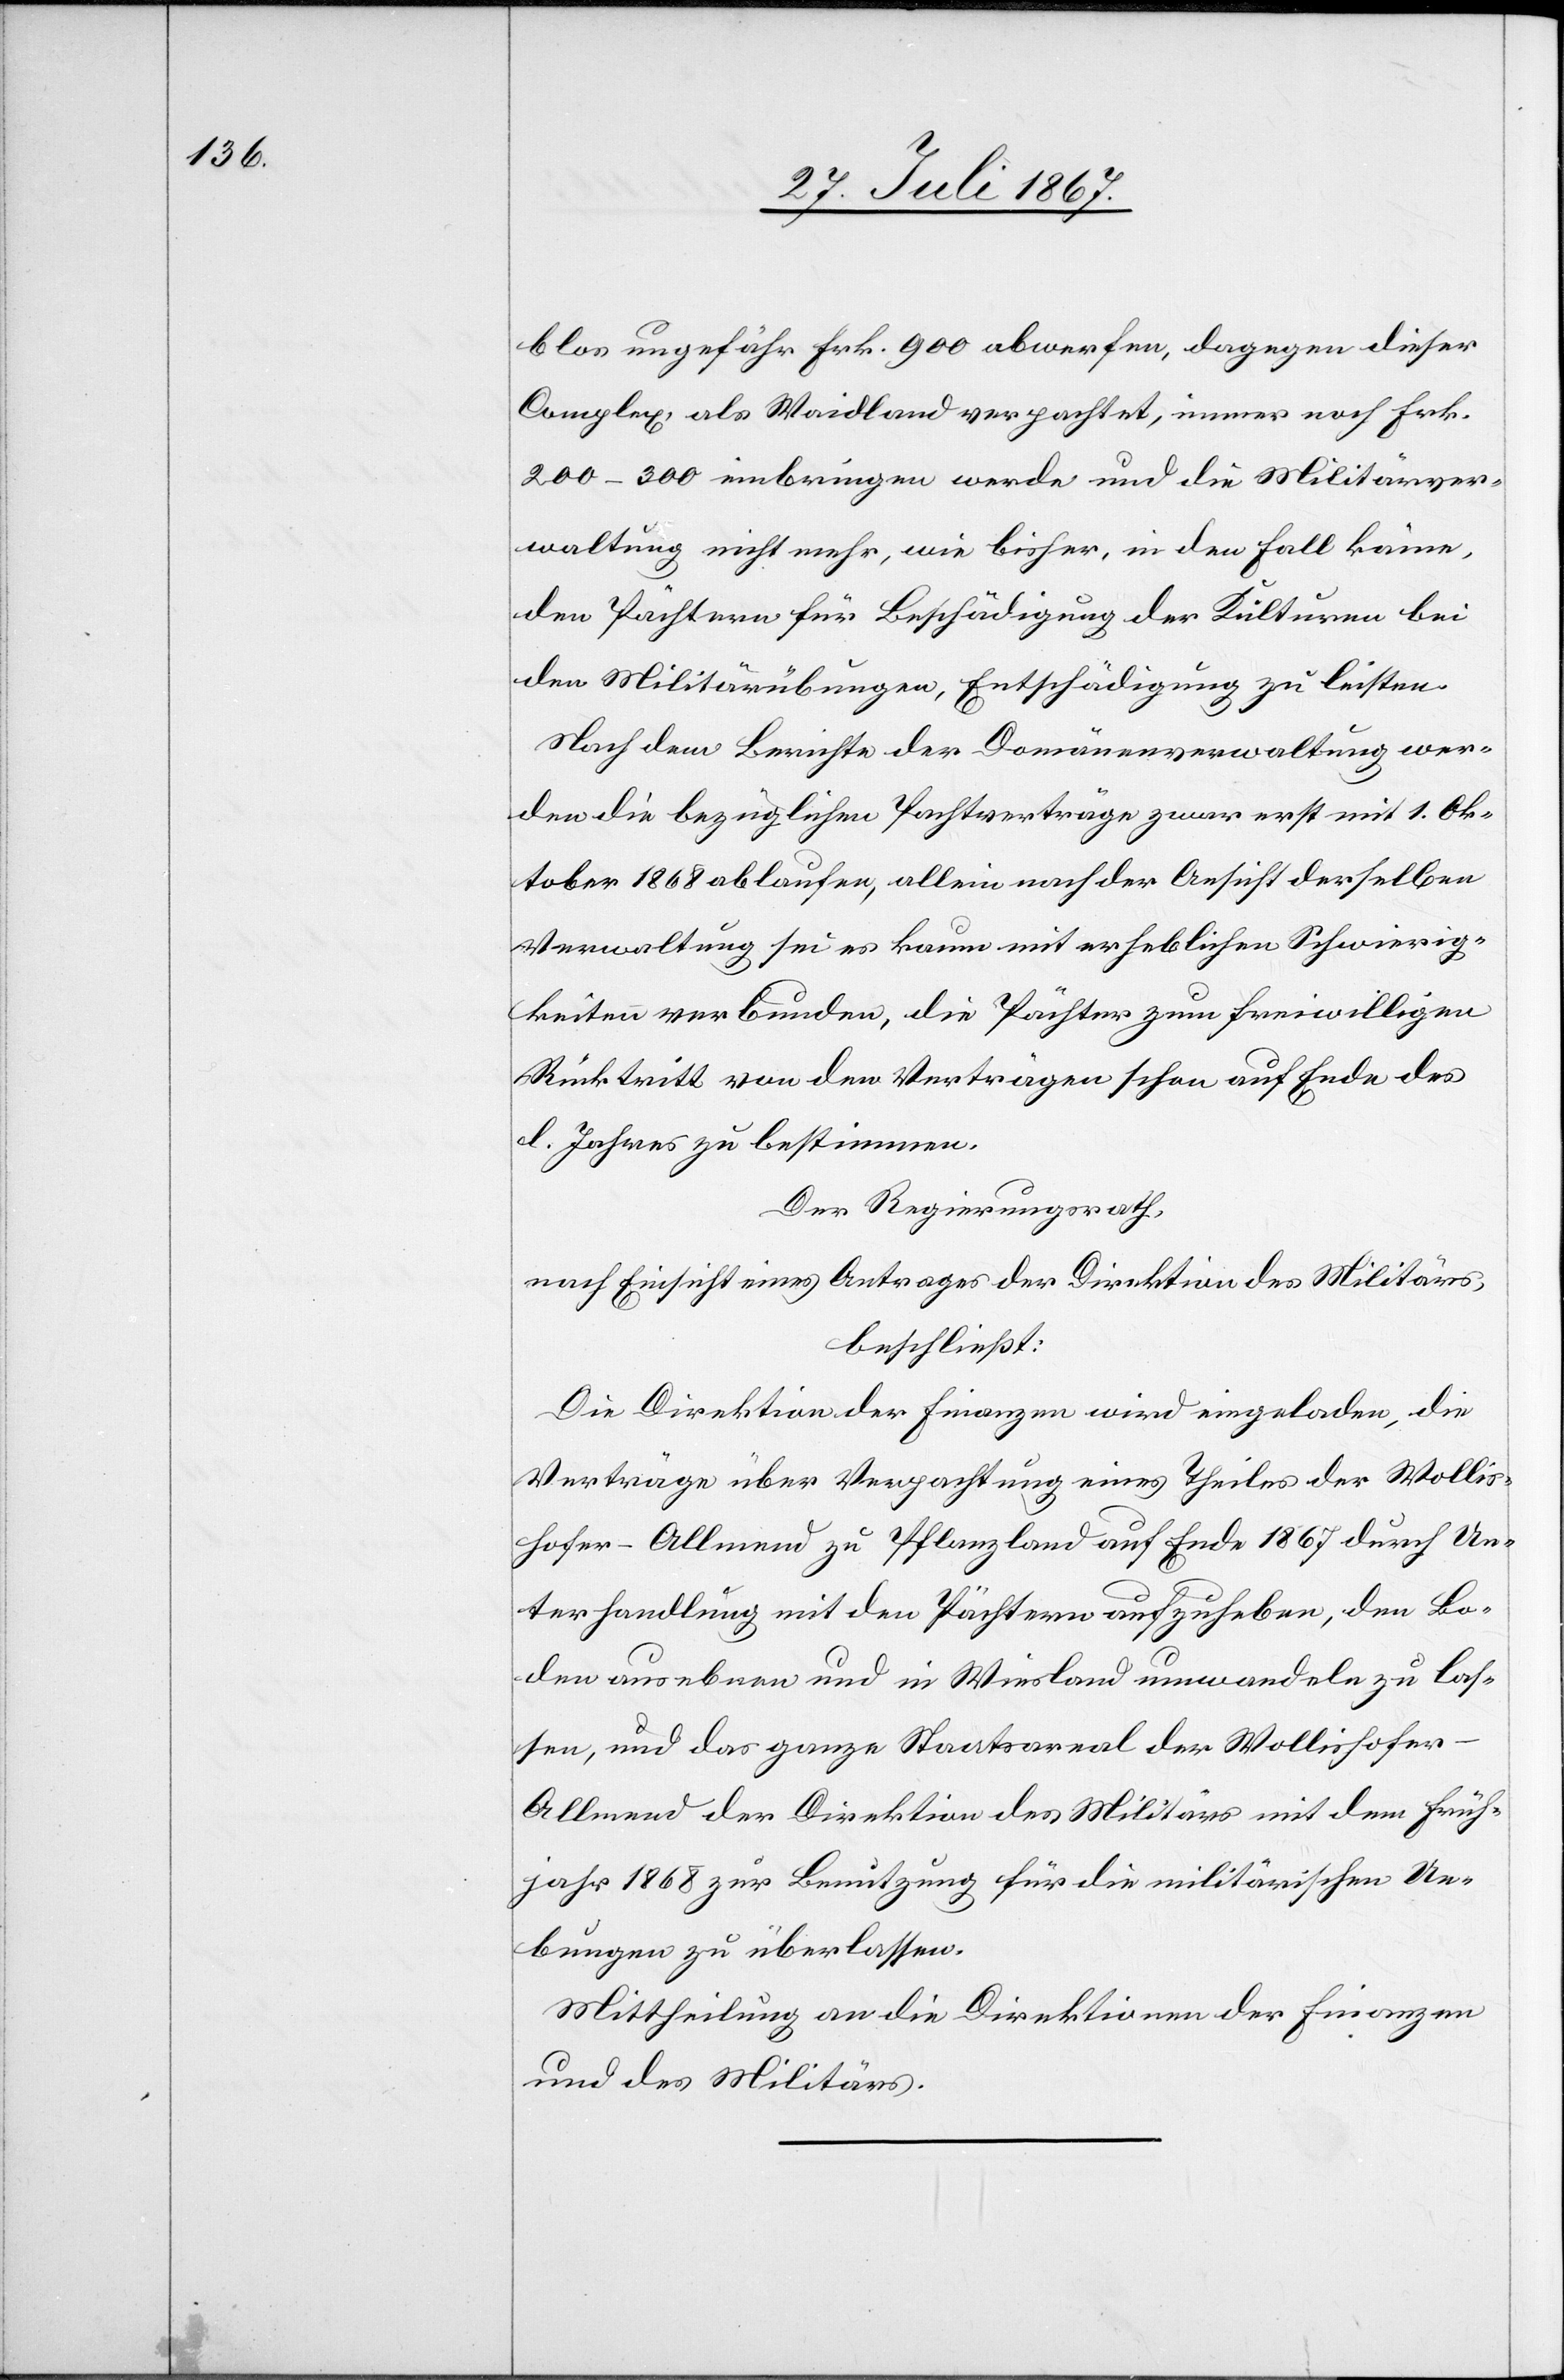
blos ungefähr Frk. 900 abwerfen, dagegen dieser
Complex, als Waidland verpachtet, immer noch Frk.
200–300 einbringen werde und die Militärver¬
waltung nicht mehr, wie bisher, in den Fall käme,
den Pächtern für Beschädigung der Kulturen bei
den Militärübungen, Entschädigung zu leisten.
Nach dem Berichte der Domänenverwaltung wer¬
den die bezüglichen Pachtverträge zwar erst mit 1. Ok¬
tober 1868 ablaufen, allein nach der Ansicht derselben
Verwaltung sei es kaum mit erheblichen Schwierig¬
keiten verbunden, die Pächter zum freiwilligen
Rücktritt von den Verträgen schon auf Ende des
l. Jahres zu bestimmen.
Der Regierungsrath,
nach Einsicht eines Antrages der Direktion des Militärs:
beschließt:
Verträge über Verpachtung eines Theiles der Wollis¬
hofer-Allmend zu Pflanzland auf Ende 1867 durch Un¬
terhandlung mit den Pächtern aufzuheben, den Bo¬
den ausebnen und in Wiesland umwandeln zu las¬
sen, und das ganze Staatsareal der Wollishofe¬
r-Allmend der Direktion des Militärs mit dem Früh¬
jahr 1868 zur Benutzung für die militärischen Ue¬
bungen zu überlassen.
Mittheilung an die Direktionen der Finanzen
und des Militärs.